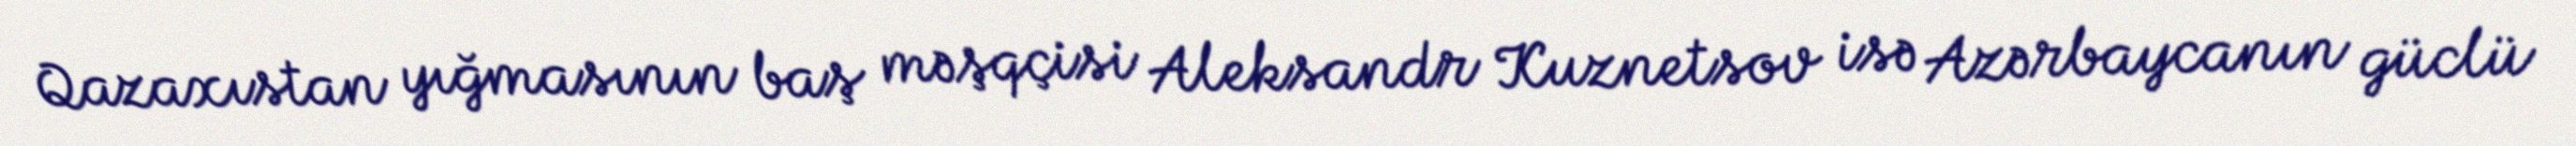
Qazaxıstan yığmasının baş məşqçisi Aleksandr Kuznetsov isə Azərbaycanın güclü